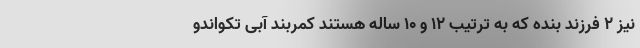
نیز ۲ فرزند بنده که به ترتیب ۱۲ و ۱۰ ساله هستند کمربند آبی تکواندو